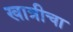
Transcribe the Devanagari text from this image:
खात्रीचा